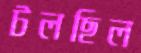
টলছিল